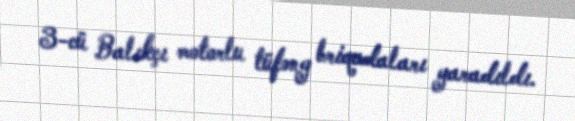
3-cü Balıkçı motorlu tüfəng briqadaları yaradıldı.